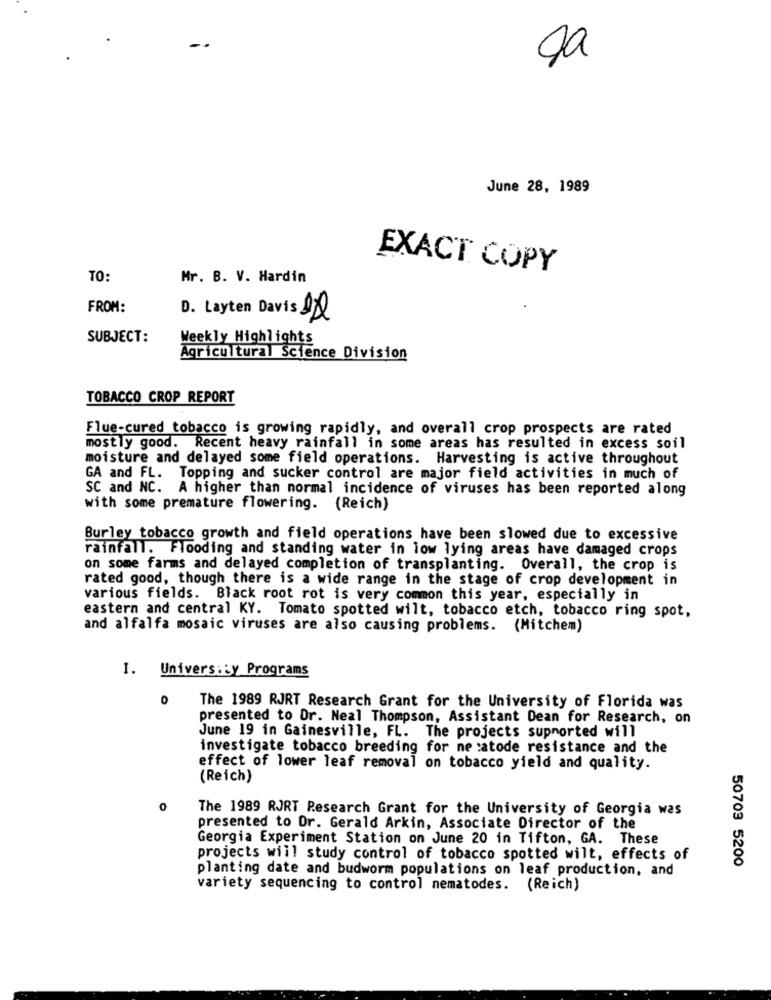
June 28, 1989
EXACT COPY
TO:
Mr. B. V. Hardin
FROM:
D. Layten Davis DDR
SUBJECT:
Weekly Highlights
Agricultural Science Division
TOBACCO CROP REPORT
Flue-cured tobacco is growing rapidly, and overall crop prospects are rated
mostly good. Recent heavy rainfall in some areas has resulted in excess soil
moisture and delayed some field operations. Harvesting is active throughout
GA and FL. Topping and sucker control are major field activities in much of
SC and NC. A higher than normal incidence of viruses has been reported along
with some premature flowering. (Reich)
Burley tobacco growth and field operations have been slowed due to excessive
rainfall. Flooding and standing water in low lying areas have damaged crops
on some farms and delayed completion of transplanting. Overall, the crop is
rated good, though there is a wide range in the stage of crop development in
various fields. Black root rot is very common this year, especially in
eastern and central KY. Tomato spotted wilt, tobacco etch, tobacco ring spot,
and alfalfa mosaic viruses are also causing problems. (Mitchem)
I. University Programs
0
The 1989 RJRT Research Grant for the University of Florida was
presented to Dr. Neal Thompson, Assistant Dean for Research, on
June 19 in Gainesville, FL. The projects supported will
investigate tobacco breeding for ne :atode resistance and the
effect of lower leaf removal on tobacco yield and quality.
(Reich)
0
The 1989 RJRT Research Grant for the University of Georgia was
presented to Dr. Gerald Arkin, Associate Director of the
Georgia Experiment Station on June 20 in Tifton, GA. These
projects will study control of tobacco spotted wilt, effects of
50703 5200
planting date and budworm populations on leaf production, and
variety sequencing to control nematodes. (Reich)